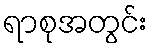
ရာစုအတွင်း